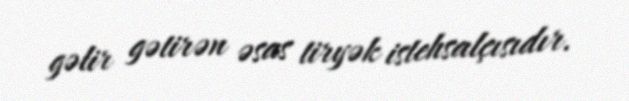
gəlir gətirən əsas tiryək istehsalçısıdır.